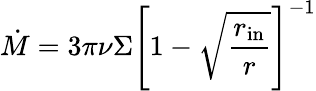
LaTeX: {\dot{M}}=3\pi\nu\Sigma\left[1-{\sqrt{\frac{r_{\mathrm{in}}}{r}}}\right]^{-1}